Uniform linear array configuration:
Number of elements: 24
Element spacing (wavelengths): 1
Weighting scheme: binomial
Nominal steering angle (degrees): -30
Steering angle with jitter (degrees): -28.896
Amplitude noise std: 0.05
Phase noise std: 0.05

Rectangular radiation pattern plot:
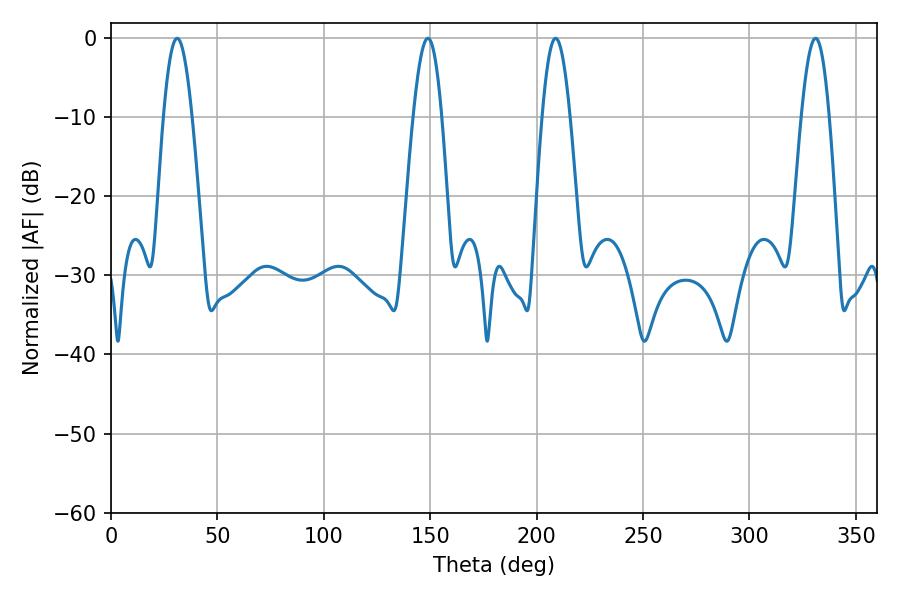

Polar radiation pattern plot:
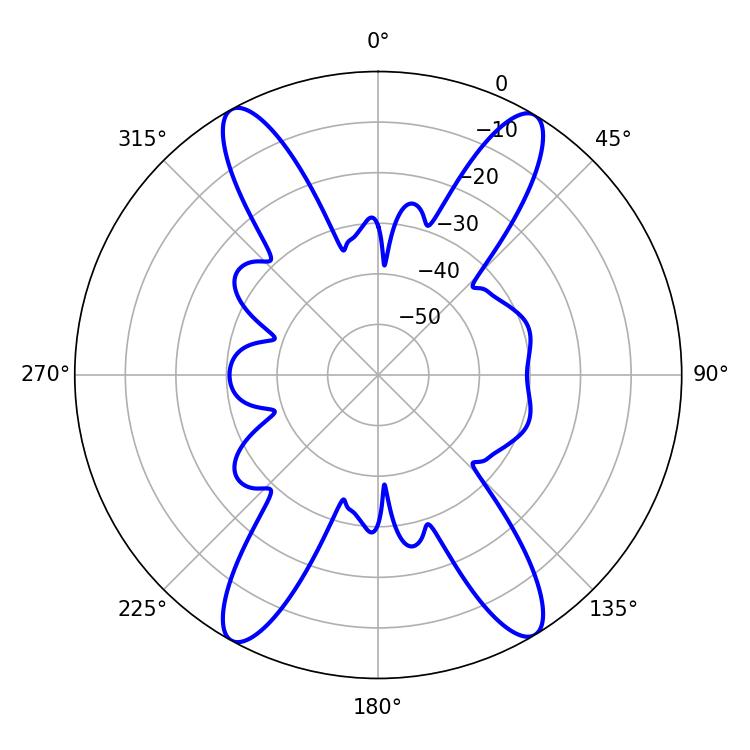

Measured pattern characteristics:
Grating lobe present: TRUE
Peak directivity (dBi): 22.278
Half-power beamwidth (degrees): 7.2
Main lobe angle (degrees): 31.14